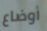
أوضاع